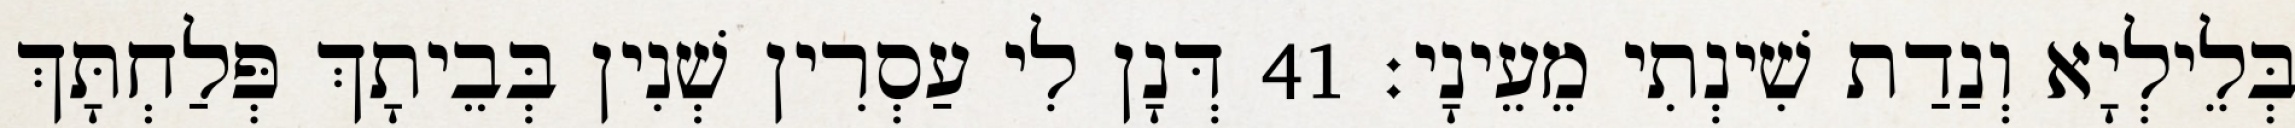
בְּלֵילְיָא וְנַדַת שִׁינְתִי מֵעֵינָי׃ 41 דְּנָן לִי עַסְרִין שְׁנִין בְּבֵיתָךְ פְּלַחְתָּךְ